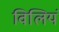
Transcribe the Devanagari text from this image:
विलियं